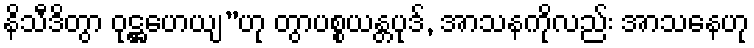
နိသီဒိတွာ ဝုဋ္ဌဟေယျ”ဟု တွာပစ္စယန္တပုဒ်, အာသနကိုလည်း အာသနေဟု